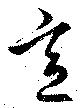
意